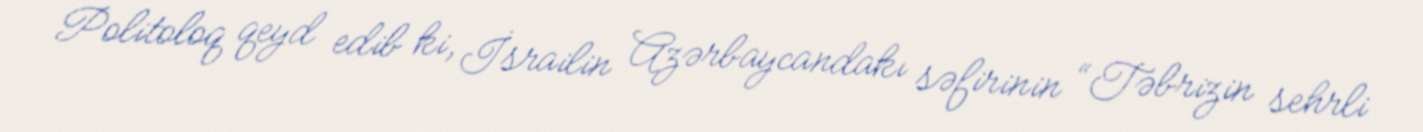
Politoloq qeyd edib ki, İsrailin Azərbaycandakı səfirinin “Təbrizin sehrli